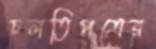
চলতিপত্রের